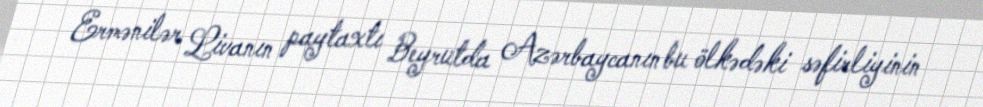
Ermənilər Livanın paytaxtı Beyrutda Azərbaycanın bu ölkədəki səfirliyinin